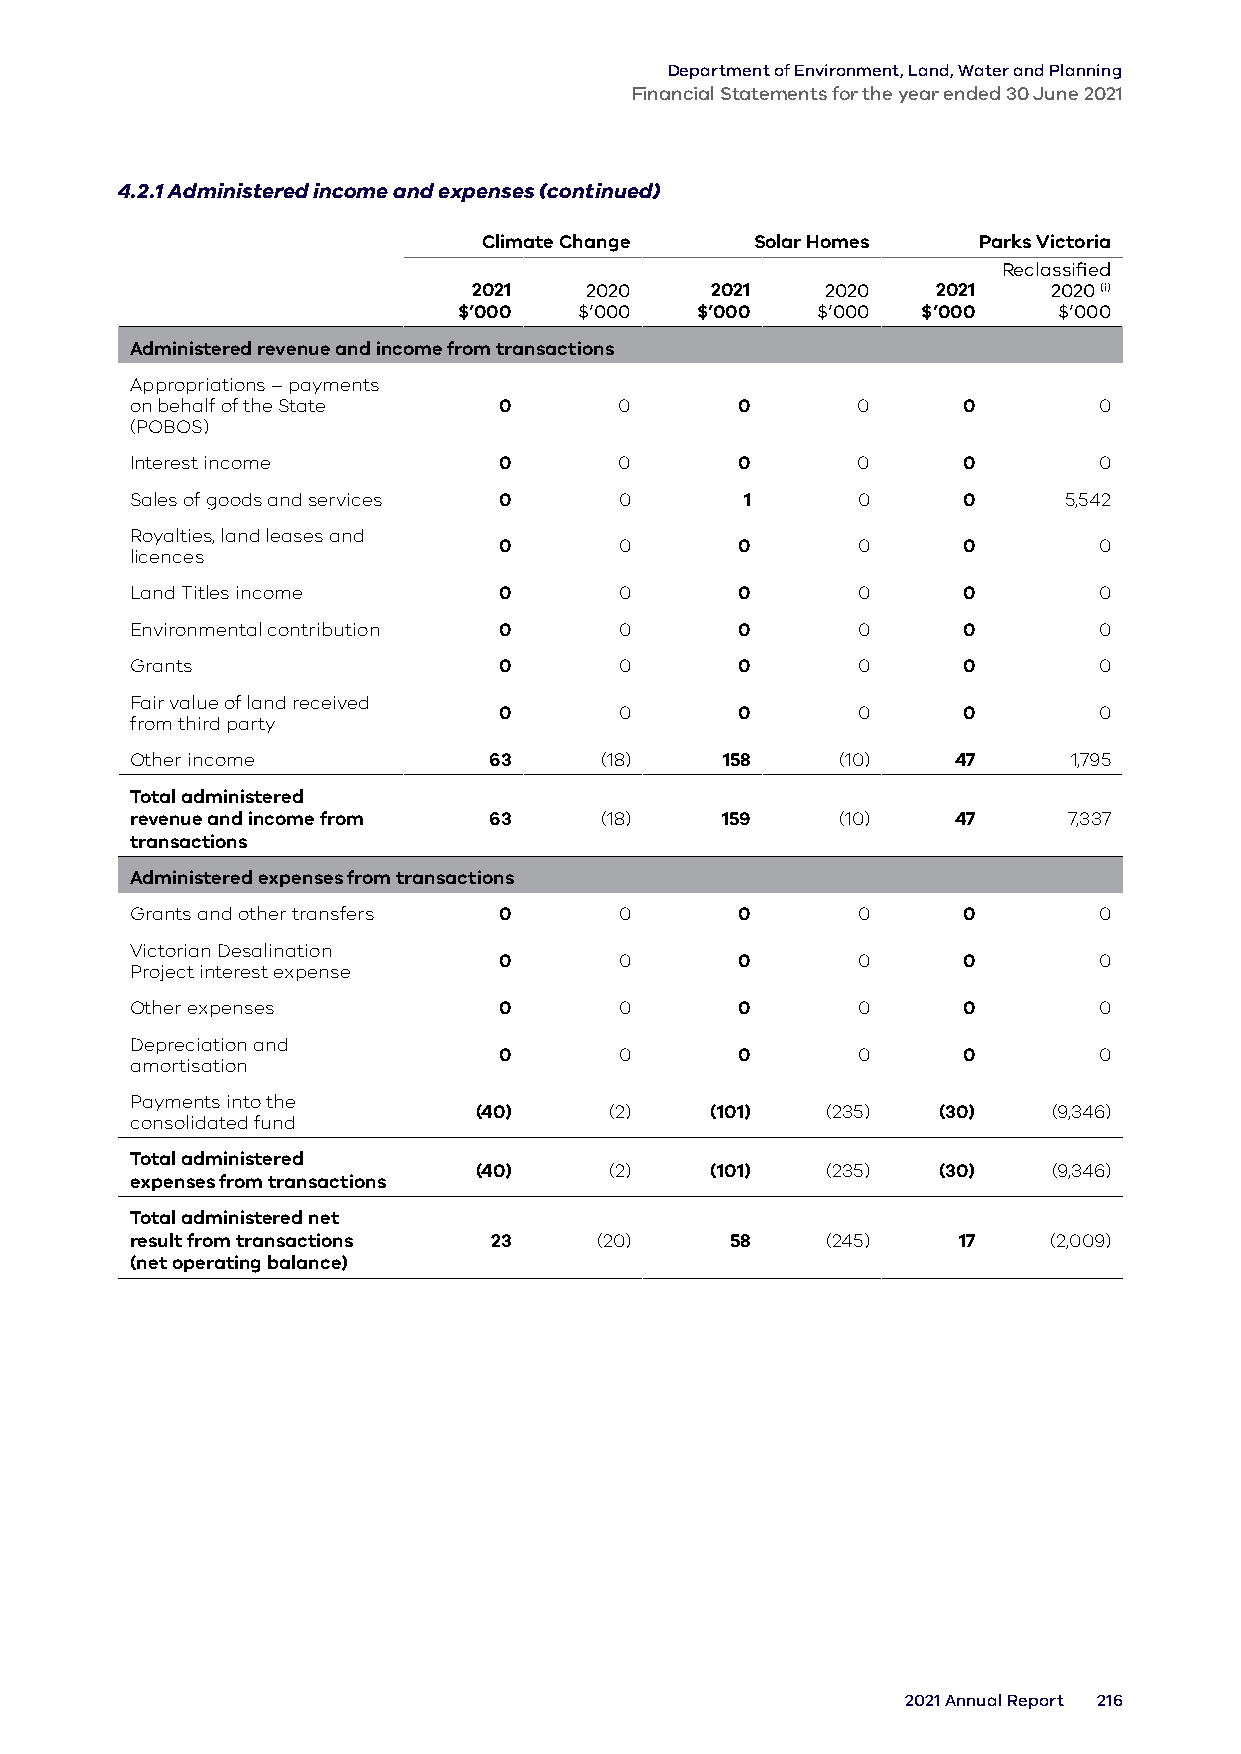
Department of Environment, Land, Water and Planning
 Financial Statements for the year ended 30 June 2021
 4.2.1 Administered income and expenses (continued)
 Climate Change    Solar Homes    Parks Victoria
 Reclassified
 2021    2020    2021    2020   2021    2020 (i)
 $’000   $’000   $’000   $’000  $’000    $’000
 Administered revenue and income from transactions
 Appropriations – payments
 on behalf of the State  0       0       0       0      0        0
 (POBOS)
 Interest income         0       0       0       0      0        0
 Sales of goods and services 0   0       1       0      0     5,542
 Royalties, land leases and
 0       0       0       0      0        0
 licences
 Land Titles income      0       0       0       0      0        0
 Environmental contribution 0    0       0       0      0        0
 Grants                  0       0       0       0      0        0
 Fair value of land received
 0       0       0       0      0        0
 from third party
 Other income           63      (18)    158     (10)   47      1,795
 Total administered
 revenue and income from 63     (18)    159     (10)   47      7,337
 transactions
 Administered expenses from transactions
 Grants and other transfers 0    0       0       0      0        0
 Victorian Desalination
 0       0       0       0      0        0
 Project interest expense
 Other expenses          0       0       0       0      0        0
 Depreciation and
 0       0       0       0      0        0
 amortisation
 Payments into the
 (40)     (2)    (101)   (235)  (30)    (9,346)
 consolidated fund
 Total administered
 (40)     (2)    (101)   (235)  (30)    (9,346)
 expenses from transactions
 Total administered net
 result from transactions 23    (20)    58     (245)   17    (2,009)
 (net operating balance)
 2021 Annual Report 216